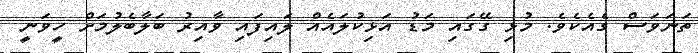
ތަނަވަސް ގެއެކެވެ. މުޅި ގޭގައި މަޑު އަޅިކުލައެއް ލައިފައި ވާއިރު ބަލާބެލުމަށް ހީވަނީ